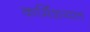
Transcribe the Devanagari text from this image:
कर्मिशयल